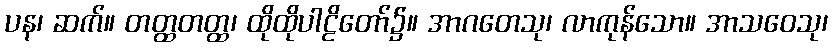
ပန၊ ဆက်။ တတ္ထတတ္ထ၊ ထိုထိုပါဠိတော်၌။ အာဂတေသု၊ လာကုန်သော။ အာသဝေသု၊